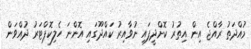
މުއްދަތު ރާއްޖެ އިން އިތުރު ކޮށްދީފައި ނުވާއިރު ކައްދޫގައި އޮންނަ ހެލިކޮޕްޓަރު ދުއްވަން